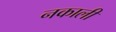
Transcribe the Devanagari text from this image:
नकाली